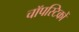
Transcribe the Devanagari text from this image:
चॉपस्टिकों